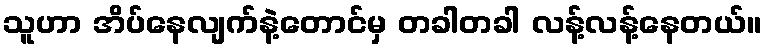
သူဟာ အိပ်နေလျက်နဲ့တောင်မှ တခါတခါ လန့်လန့်နေတယ်။